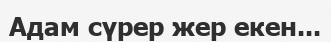
Адам сүрер жер екен...